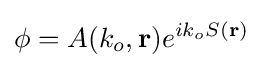
\phi =A(k_{o},\mathbf {r} )e^{ik_{o}S(\mathbf {r} )}